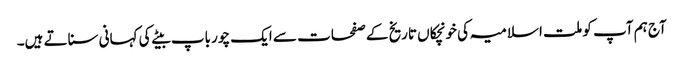
آج ہم آپ کو ملت اسلامیہ کی خونچکاں تاریخ کے صفحات سے ایک چور باپ بیٹے کی کہانی سناتے ہیں۔